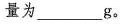
量为___g。